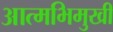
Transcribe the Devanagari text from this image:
आत्मभिमुखी